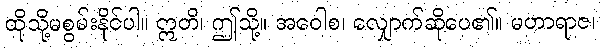
ထိုသို့မစွမ်းနိုင်ပါ။ ဣတိ၊ ဤသို့။ အဝေါစ၊ လျှောက်ဆိုပေ၏။ မဟာရာဇ၊